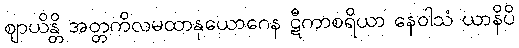
ဈာယိန္တိ အတ္တကိလမထာနုယောဂေန ဋီကာစရိယာ နေဝါသံ ယာနိပိ